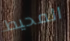
المحيط